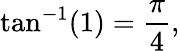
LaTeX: \tan^{-1}(1)={\frac{\pi}{4}},